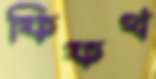
ফিফথ